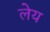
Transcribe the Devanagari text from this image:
लेय